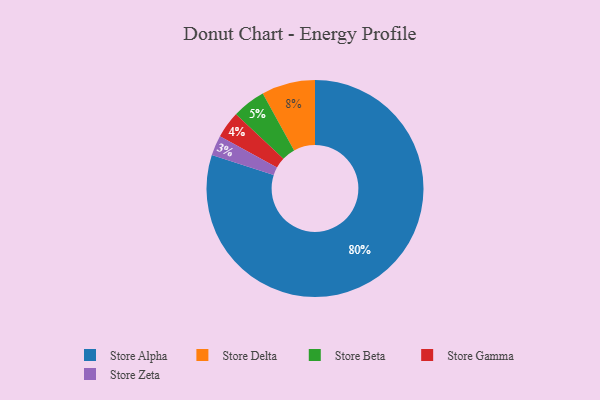
{"axis": {"x": "Category", "y": "Percentage"}, "legend": ["Store Alpha", "Store Beta", "Store Delta", "Store Gamma", "Store Zeta"], "data": [{"x": "Store Gamma", "y": 4, "type": "Store Gamma"}, {"x": "Store Zeta", "y": 3, "type": "Store Zeta"}, {"x": "Store Delta", "y": 8, "type": "Store Delta"}, {"x": "Store Beta", "y": 5, "type": "Store Beta"}, {"x": "Store Alpha", "y": 80, "type": "Store Alpha"}]}